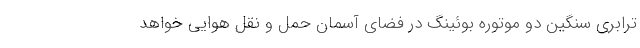
ترابری سنگین دو موتوره بوئینگ در فضای آسمان حمل و نقل هوایی خواهد